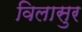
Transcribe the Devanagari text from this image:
विलासुर